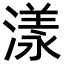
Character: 漾